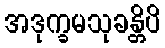
အဒုက္ခမသုခန္တိပိ